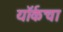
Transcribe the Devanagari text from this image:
यॉर्कचा